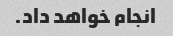
انجام خواهد داد.